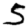
Digit: 5